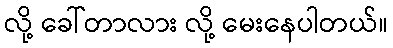
လို့ ခေါ်တာလား လို့ မေးနေပါတယ်။